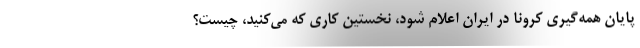
پایان همه‌گیری کرونا در ایران اعلام شود، نخستین کاری که می‌کنید، چیست؟